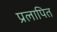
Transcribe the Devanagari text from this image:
प्रलापित